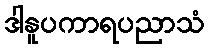
ဒါနူပကာရပညာသံ